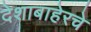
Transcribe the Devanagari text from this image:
देशाबाहेरचे